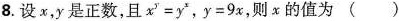
8.设x，y是正数，且$$x^{y}=y^{x}$$，$$y=9x$$，则x的值为( )